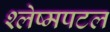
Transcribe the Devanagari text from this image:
श्लेष्मपटल